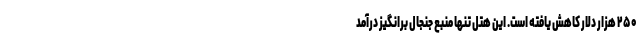
۲۵۰ هزار دلار کاهش یافته است. این هتل تنها منبع جنجال برانگیز درآمد